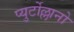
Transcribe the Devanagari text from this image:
प्युर्टोल्लानो